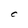
Character: C